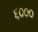
૬૦૦૦